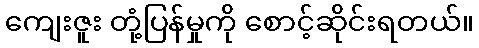
ကျေးဇူး တုံ့ပြန်မှုကို စောင့်ဆိုင်းရတယ်။